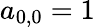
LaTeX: a_{0,0}=1